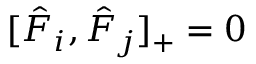
[ \hat { F } _ { i } , \hat { F } _ { j } ] _ { + } = 0